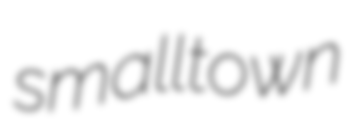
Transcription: small town